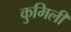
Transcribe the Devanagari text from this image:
कुमिली